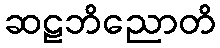
ဆဠဘိညောတိ